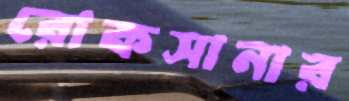
রোকসানার